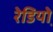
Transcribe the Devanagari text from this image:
रेडियो़